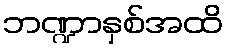
ဘဏ္ဍာနှစ်အထိ